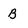
Character: B